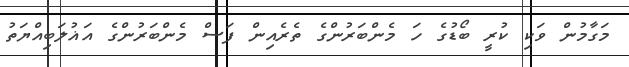
މަގާމުން ވަކި ކުރީ ބޯޑުގެ ހަ މެންބަރުންގެ ތެރެއިން ފަސް މެންބަރުންގެ އަޣުލަބިއްޔަތު